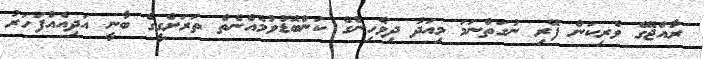
ރާއްޖޭގެ ވެރިކަން ފޭރި ނުގަތްނަމަ މިއަދު ދިވެހިންގެ ކަންބޮޑުވުމެއްނެތް ތަރަށްގީގެ ބާނީ އަދިއެއްފަހަރު